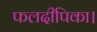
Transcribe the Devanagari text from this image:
फलदीपिका।